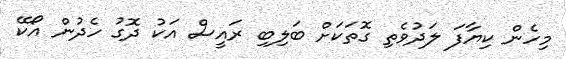
މިހެން ކިޔާފަ ލަދުވެތި ގޮތަކަށް ބަލިބި ރައީސް އަކު ދޮގު ހެދުން އޯކޭ